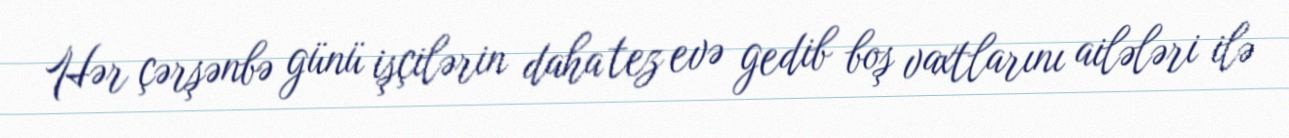
Hər çərşənbə günü işçilərin daha tez evə gedib boş vaxtlarını ailələri ilə